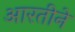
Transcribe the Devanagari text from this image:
आरतीने